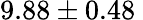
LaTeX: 9.88\pm 0.48\